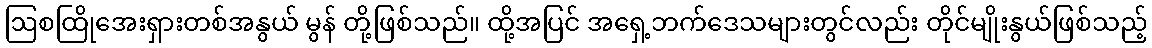
ဩစထြိုအေးရှားတစ်အနွယ် မွန် တို့ဖြစ်သည်။ ထို့အပြင် အရှေ့ဘက်ဒေသများတွင်လည်း တိုင်မျိုးနွယ်ဖြစ်သည့်